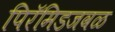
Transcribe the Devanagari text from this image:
पिरॅमिडजवळ